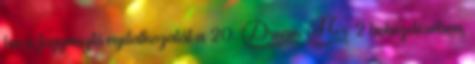
ha a fogyasztó nyilatkozatát a 20. § 2 bekezdésében,